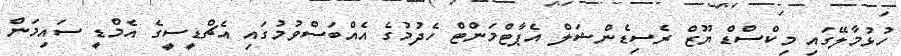
ހުޅުމާލޭގައި މިކްސްޑް ޔޫޒް ރެސިޑެންޝަލް އެޕާޓްމަންޓް ހެދުމުގެ އެއްބަސްވުމުގައި އެޗްޑީސީގެ އެމްޑީ ސައިމަން